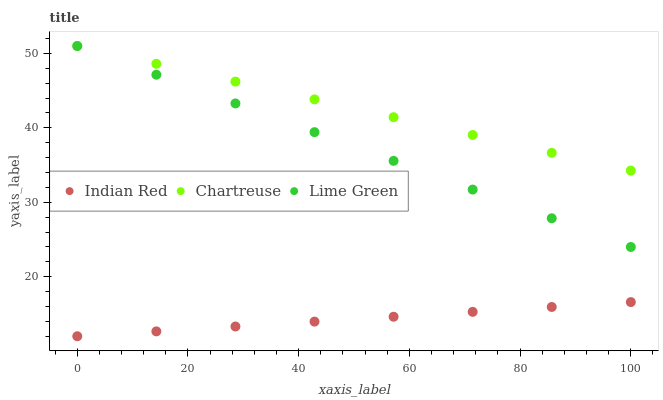
| xaxis_label | Indian Red | Chartreuse | Lime Green |
 | --- | --- | --- | --- |
 | 0 | 12 | 51 | 51 |
 | 14.3 | 12.7 | 48.6 | 47.1 |
 | 28.6 | 13.3 | 46.2 | 43.3 |
 | 42.9 | 14 | 43.8 | 39.4 |
 | 57.1 | 14.6 | 41.4 | 35.6 |
 | 71.4 | 15.3 | 39 | 31.7 |
 | 85.7 | 15.9 | 36.7 | 27.9 |
 | 100 | 16.6 | 34.3 | 24 |